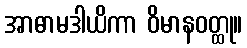
အာဓာမဒါယိကာ ဝိမာနဝတ္ထု။